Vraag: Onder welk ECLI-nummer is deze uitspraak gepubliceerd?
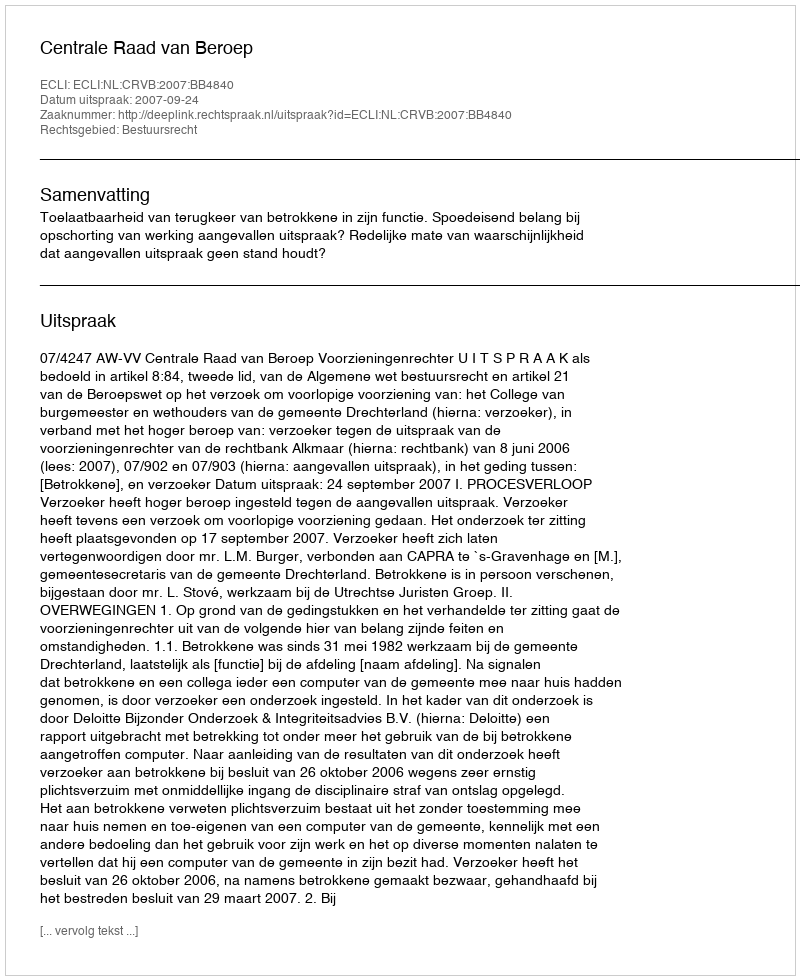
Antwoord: ECLI:NL:CRVB:2007:BB4840